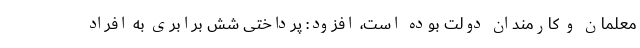
معلمان و کارمندان دولت بوده است، افزود: پرداختی شش برابری به افراد